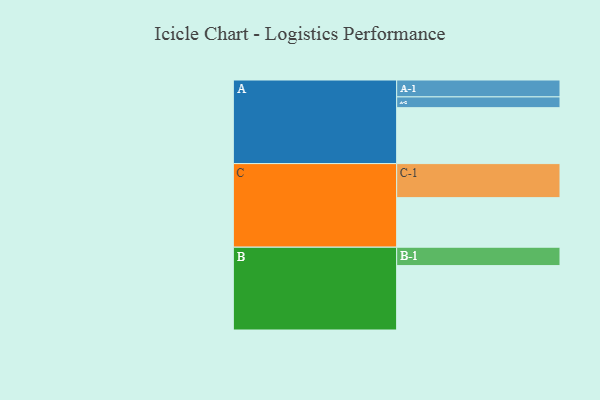
{"axis": {"x": "Segment", "y": "Value"}, "legend": ["", "A", "B", "C"], "data": [{"x": "A", "y": 483, "type": ""}, {"x": "B", "y": 556, "type": ""}, {"x": "C", "y": 428, "type": ""}, {"x": "A-1", "y": 146, "type": "A"}, {"x": "A-2", "y": 93, "type": "A"}, {"x": "B-1", "y": 159, "type": "B"}, {"x": "C-1", "y": 294, "type": "C"}]}